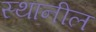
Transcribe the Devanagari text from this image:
स्थानील